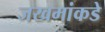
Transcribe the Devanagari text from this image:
जखमांकडे